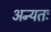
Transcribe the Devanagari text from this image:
अन्यतः